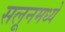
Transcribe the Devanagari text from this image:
सलूनमध्ये